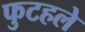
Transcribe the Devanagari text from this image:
फुटहले